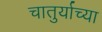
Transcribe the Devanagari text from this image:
चातुर्याच्या